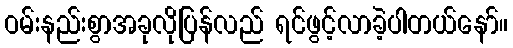
ဝမ်းနည်းစွာအခုလိုပြန်လည် ရင်ဖွင့်လာခဲ့ပါတယ်နော်။